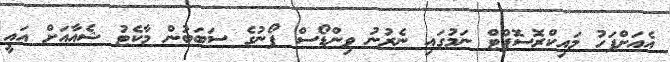
އެއަށްފަހު މައިކްރޮސޮފްޓް ނަމުގައި ނެރުނު ވިންޑޯސް ފޯނުގެ ސަބަބުން މާކެޓު ޝެއާއަށް އައީ